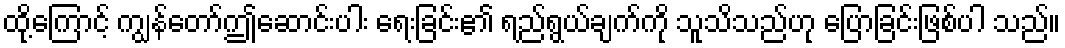
ထို့ကြောင့် ကျွန်တော်ဤဆောင်းပါး ရေးခြင်း၏ ရည်ရွယ်ချက်ကို သူသိသည်ဟု ပြောခြင်းဖြစ်ပါ သည်။